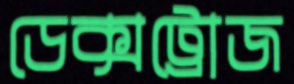
ডেক্সট্রোজ